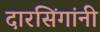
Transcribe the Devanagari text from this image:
दारसिंगांनी